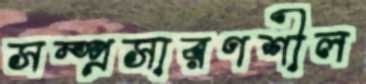
সম্প্রসারণশীল